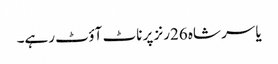
یاسر شاہ 26رنز پر ناٹ آؤٹ رہے۔